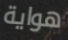
هواية